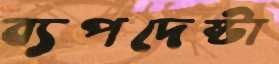
ব্যপদেষ্টা